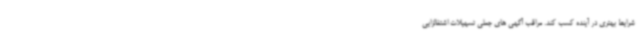
شرایط بهتری در آینده کسب کند. مراقب آگهی های جعلی تسهیلات اشتغالزایی